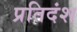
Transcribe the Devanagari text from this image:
प्रतिदंश